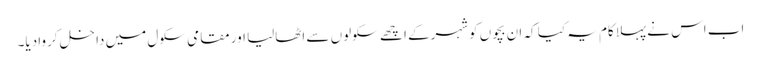
اب اس نے پہلاکام یہ کیا کہ ان بچوں کوشہرکے اچھے سکولوں سے اٹھالیا اور مقامی سکول میں داخل کروادیا۔